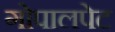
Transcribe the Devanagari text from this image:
गोपालपेट